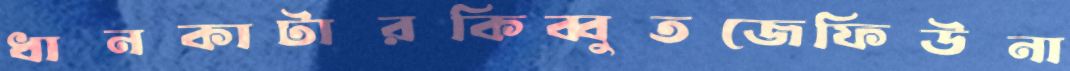
ধানকাটারকিব্বুতজেফিউনা